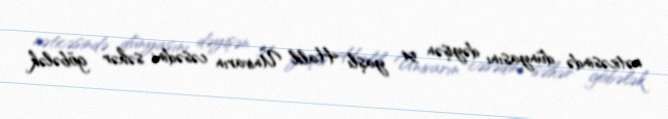
nəticəsində dünyasını dəyişən 54 yaşlı Halil Ünivarın cəsədini səhər göbələk